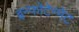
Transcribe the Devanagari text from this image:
इन्फोटेन्मेंट